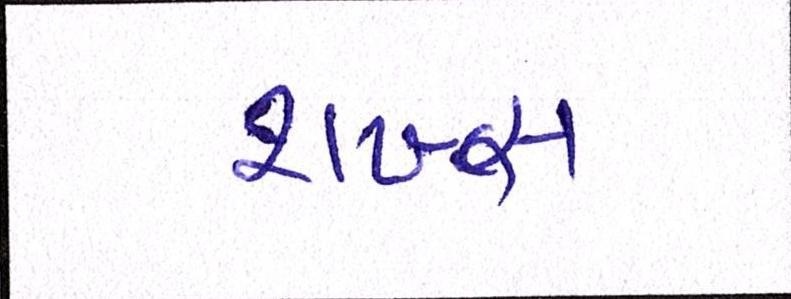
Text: શખ્સ